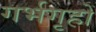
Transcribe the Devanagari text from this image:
गर्भगृहों